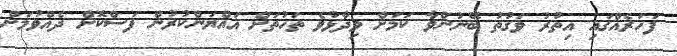
ފަހަރެއްގައި އިތުރު ވަގުތު ބޭނުންވާ ކަމަށް ވިދާޅުވެ ތަހުތަށް އައްޔަންކުރުން ފަސްކޮށް ދެއްވުމަށް